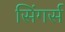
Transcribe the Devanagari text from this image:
सिंगर्स